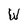
Character: W